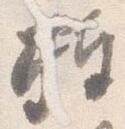
捧